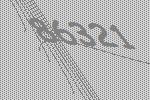
86321